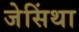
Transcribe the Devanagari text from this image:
जेसिंथा